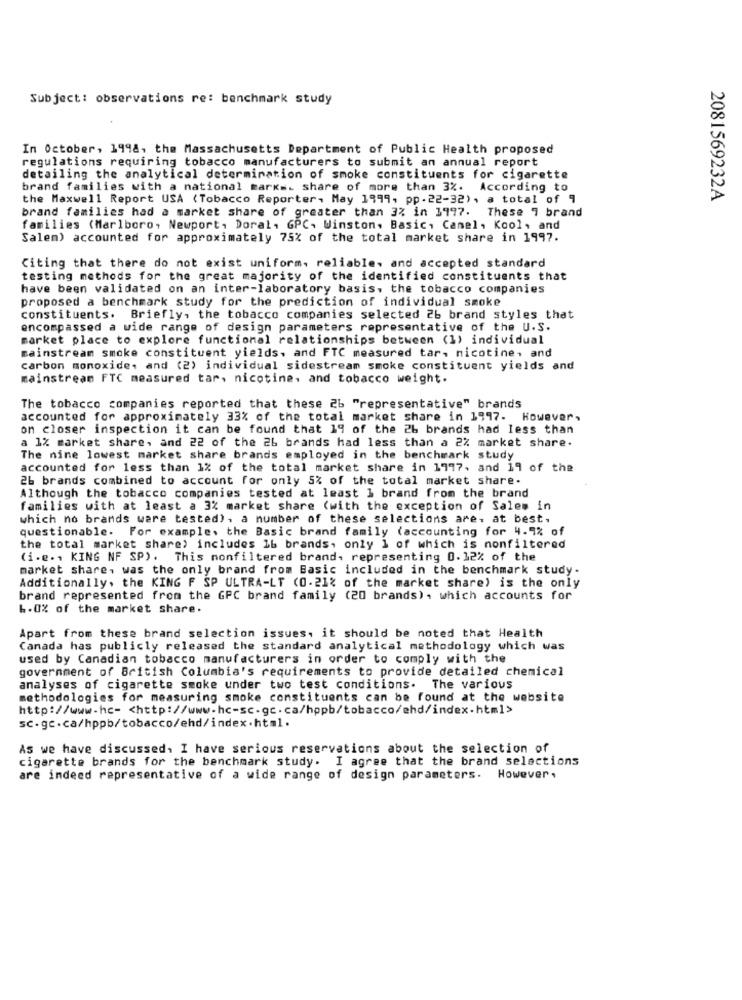
Subject: observations re: benchmark study
In October, 1998, the Massachusetts Department of Public Health proposed
regulations requiring tobacco manufacturers to submit an annual report
detailing the analytical determination of smoke constituents for cigarette
brand families with a national marks. share of more than 3%. According to
the Maxwell Report USA (Tobacco Reporter, May 1999, pp.22-32), a total of 9
2081569232A
brand families had a market share of greater than 3% in 1997. These 9 brand
families (Marlboro, Newport, Doral, GPC. Winston. Basic, Camel, Kool, and
Salem) accounted for approximately 75% of the total market share in 1997.
Citing that there do not exist uniform, reliable, and accepted standard
testing methods for the great majority of the identified constituents that
have been validated on an inter-laboratory basis. the tobacco companies
proposed a benchmark study for the prediction of individual smoke
constituents. Briefly, the tobacco companies selected 26 brand styles that
encompassed a wide range of design parameters representative of the U.S.
market place to explore functional relationships between (1) individual
mainstream smoke constituent yields. and FTC measured tar, nicotine, and
carbon monoxide, and (2) individual sidestream smoke constituent yields and
mainstream FTC measured tar, nicotine, and tobacco weight.
The tobacco companies reported that these 2b "representative" brands
accounted for approximately 33% of the total market share in 1997. However,
on closer inspection it can be found that 19 of the 26 brands had less than
a 1% market share, and 22 of the 26 brands had less than a 2% market share.
The nine lowest market share brands employed in the benchmark study
accounted for less than 1% of the total market share in 1997, and 19 of the
26 brands combined to account for only 5% of the total market share.
Although the tobacco companies tested at least 1 brand from the brand
families with at least a 3% market share (with the exception of Sales in
which no brands were tested), a number of these selections are, at best.
questionable. For example. the Basic brand family (accounting for 4.9% of
the total market share) includes 1b brands, only 1 of which is nonfiltered
(i.e .. KING NF SP). This monfiltered brand, representing 0.12% of the
market share, was the only brand from Basic included in the benchmark study.
Additionally, the KING F SP ULTRA-LT (0-21% of the market share) is the only
brand represented from the GPC brand family (20 brands), which accounts for
6.0% of the market share.
Apart from these brand selection issues. it should be noted that Health
Canada has publicly released the standard analytical methodology which was
used by Canadian tobacco manufacturers in order to comply with the
government of British Columbia's requirements to provide detailed chemical
analyses of cigarette smoke under two test conditions. The various
methodologies for measuring smoke constituents can be found at the website
http://www.hc- < http://www.hc-sc.gc.ca/hppb/tobacco/ehd/index.html>
sc.gc.ca/hppb/tobacco/ehd/index.html.
As we have discussed. I have serious reservations about the selection of
cigarette brands for the benchmark study. I agree that the brand selections
are indeed representative of a wide range of design parameters. However,